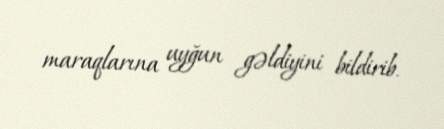
maraqlarına uyğun gəldiyini bildirib.